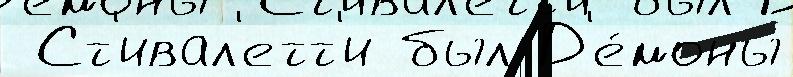
 Ст'ивал'етт'и был Д'е́моны